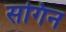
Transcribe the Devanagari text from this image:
सगिन